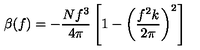
\beta ( f ) = - { \frac { N f ^ { 3 } } { 4 \pi } } \left[ 1 - \left( { \frac { f ^ { 2 } k } { 2 \pi } } \right) ^ { 2 } \right]